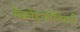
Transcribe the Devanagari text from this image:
मैक्रोइंजीनियरी